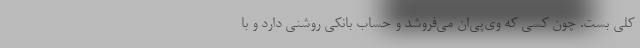
كلي بست. چون كسي كه وي‌پي‌ان مي‌فروشد و حساب بانكي روشني دارد و با